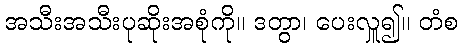
အသီးအသီးပုဆိုးအစုံကို။ ဒတွာ၊ ပေးလှူ၍။ တံစ